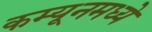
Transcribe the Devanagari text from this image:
कम्यूनमध्ये